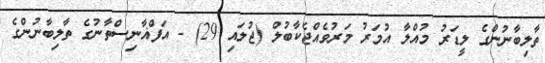
ތާލިބާނުންގެ ލީޑަރު މުއްލާ އުމަރު މަރުވެއްޖެކާބުލް (ޖުލައި 29) - އަފްޣާނިސްތާނުގެ ތާލިބާނުންގެ